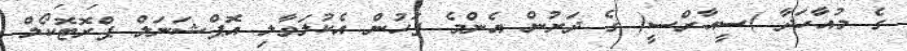
ގެ މުއާހަދާ )ސީއާރްސީ( ގެ ދަށުން އެންމެ ފަހުން އެކުލަވާލި އޮޕްޝަނަލް ޕްރޮޓޮކޯލް